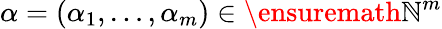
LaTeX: \alpha=(\alpha_{1},\ldots,\alpha_{m})\in\ensuremath{\mathbb{N}}^{m}